Lunatic asylums in Bengal annual reports 1888-1898 - 1888-1898
Year: 1888
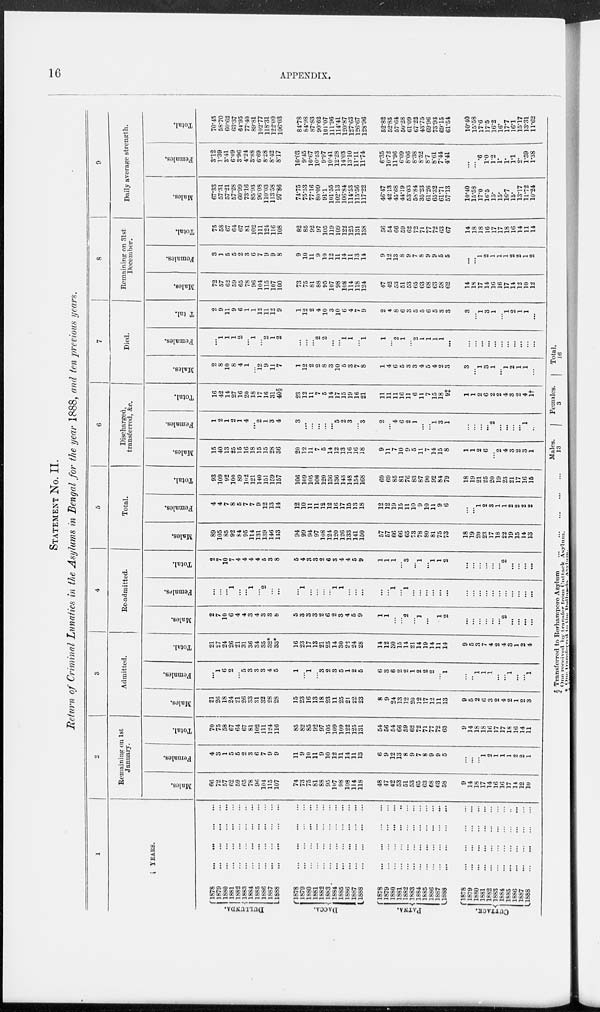
16
APPENDIX.
STATEMENT No. II.
Return of Criminal Lunatics in the Asylums in Bengal for the year 1888, and ten previous years.
1
YEARS.
DULLUNDA.
DACCA.
PATNA.
CUTTACK.
1878
...
...
...
...
1879
...
...
...
...
1880
...
...
...
...
1881
...
...
...
...
1882
...
...
...
...
1883
...
...
...
...
1884
...
...
...
...
1885
...
...
...
...
1886
...
...
...
...
1887
...
...
...
...
1888
...
...
...
...
1878
...
...
...
...
1879
...
...
...
...
1880 ... ... ... ...
1881
...
...
...
...
1882
...
...
...
...
1883
...
...
...
...
1884
...
...
...
...
1885
...
...
...
...
1886
...
...
...
...
1887
...
...
...
...
1888
...
...
...
...
1878
...
...
...
...
1879
...
...
...
...
1880
...
...
...
...
1881
...
...
...
...
1882
...
...
...
...
1883
...
...
...
...
1884
...
...
...
...
1885
...
...
...
...
1886
...
...
...
...
1887
...
...
...
...
1888
...
...
...
...
1878
...
...
...
...
1879
...
...
...
...
1880
...
...
...
...
1881
...
...
...
...
1882
...
...
...
...
1883
...
...
...
...
1884
...
...
...
...
1885
...
...
...
...
1886
...
...
...
...
1887
...
...
...
...
1888
...
...
...
...
2
Remaining on 1st
January.
Males.
66
72
57
62
59
65
78
96
104
115
107
74
73
75
81
88
95
107
98
108
114
118
48
47
42
53
51
53
65
63
68
63
58
9
14
18
17
14
16
16
17
14
12
10
Females.
4
3
1
5
5
2
3
6
7
9
9
11
9
10
11
9
10
12
11
14
11
13
6
9
12
13
8
9
7
8
9
9
5
...
...
...
1
2
1
1
1
2
2
1
Total.
70
75
58
67
64
67
81
102
111
124
116
85
82
85
92
97
105
109
109
122
125
131
54
56
54
66
59
62
72
71
77
72
63
9
14
18
18
16
17
17
18
16
14
11
3
Admitted.
Males.
21 26
18
24
21
26
33
31
32
28
28
15
23
16
13
18
23
11
25
21
22
23
8
9
24
13
12
20
12
17
12
11
13
9
5
2
6
3
2
4
2
1
2
3
Females.
...
1
6
2
... 5
3
3
3
4
5
1
... 1
...
3
2
3
5
1
2
5
6
3
6
2
2
1
2
2
2
...
1
...
...
1
1
1
...
...
1
...
... 1
Total.
21
27
24
26
21
31
36
34
35
32*
33*
16
23
17
13
21
25
14
30
22
24
28
14
12
30
15
14
21
14
19
14
11
14
9
5
3
7
4
2
4
3
1
2
4
4
Re-admitted.
Males.
2
7
10
6
4
4
3
4
3
3
8
5
3
3
3
2
6
2
3
4
5
9
1
1
...
...
2
...
1
...
...
1
2
...
...
...
...
...
...
2
...
...
...
...
Females.
...
...
...
1
...
...
1
...
2
...
...
...
1
...
...
...
...
1
1
...
...
...
...
...
1
...
1
...
...
...
...
...
...
...
...
...
...
...
...
...
...
...
...
...
Total.
2
7
10
7
4
4
4
4
5
3
8
5
4
3
3
2
6
3
4
4
5
9
1
1
1
...
3
...
1
...
1
1
2
...
...
...
...
...
...
2
...
...
...
...
5
Total.
Males.
89
105
85
92
84
95
114
131
139
146
143
94
99
94
97
108
124
120
126
133
141
150
57
57
66
66
65
73
78
80
81
75
73
18
19
20
23
17
18
22
19
15
14
13
Females.
4
4
7
8
5
7
7
9
12
13
14
12
10
11
11
12
12
16
17
15
13
18
12
12
19
15
11
10
9
10
11
9
6
...
...
1
2
3
1
1
2
2
2
2
Total.
93
109
92
100
89
102
121
140
151
159
157
106
109
105
108
120
136
136
143
148
154
168
69
69
85
81
76
83
87
90
92
84
79
18
19
21
25
20
19
23
21
17
16
15
6
Discharged,
transferred, &c.
Males.
15
40
13
25
15
16
18
15
15
28
36
20
12
11
7
5
14
12
13
16
16
18
9
11
7
10
9
5
11
7
14
15
8
1
1
2
6
...
2
4
3
2
3
1
Females.
1
2
1
2
1
4
...
2
1
3
4
3
...
...
...
...
...
5
2
3
...
3
2
...
4
6
2
1
...
...
1
3
1
...
...
...
...
2
...
...
...
...
1
...
Total.
16
42
14
27
16
20
18
17
16
31
40§
23
12
11
7
5
14
17
15
19
16
21
11
11
11
16
11
6
11
7
15
18
9‡
1
1
2
6
2
2
4
3
2
4
1†
7
Died.
Males.
2
8
10
8
4
1
...
12
9
11
7
1
12
2
2
8
3
10
5
3
7
8
1
4
6
5
3
3
4
5
4
2
3
3
...
1
3
1
...
1
2
1
1
...
Females.
...
1
1
1
2
...
1
...
2
1
2
...
...
...
2
2
...
...
1
1
...
1
1
...
2
1
...
2
1
1
1
1
...
...
...
...
...
...
...
...
...
...
...
...
Total.
2
9
11
9
6
1
1
12
11
12
9
1
12
2
4
10
3
10
6
4
7
9
2
4
8
6
3
5
5
6
5
3
3
3
...
1
3
1
...
1
2
1
1
...
8
Remaining on 31st
December.
Males.
72
57
62
59
65
78
96
104
115
107
100
73
75
81
88
95
107
98
108
114
118
124
47
42
53
51
53
65
63
68
63
58
62
14
18
17
14
16
16
17
14
12
10
12
Females.
3
1
5
5
2
3
6
7
9
9
8
9
10
11
9
10
12
11
14
11
13
14
9
12
13
8
9
7
8
9
9
5
5
...
...
1
2
1
1
1
2
2
1
2
Total.
75
58
67
64
67
81
102
111
124
116
108
82
85
92
97
105
119
109
122
125
131
138
56
54
66
59
62
72
71
77
72
63
67
14
18
18
16
17
17
18
16
14
11
14
9
Daily average
strength.
Males.
67.33
57.31
57.21
57.28
60.99
73.16
85.93
96.08
110.03
113.58
97.86
74.75
75.53
77.16
80.09
91.1
101.55
102.13
106.84
114.53
115.56
117.22
46.47
42.13
45.68
44.19
53.03
58.84
35.23
61.26
65.32
61.71
57.13
10.40
15.58
17.0
16.5
15.
15.
16.7
15.
13.17
11.72
10.24
Females.
3.12
1.39
3.41
6.09
3.96
4.24
3.88
6.69
8.28
8.42
8.17
10.03
9.45
10.67
10.53
9.97
10.41
12.28
14.03
13.10
11.11
11.74
6.35
10.72
11.96
6.09
8.06
8.38
8.52
8.7
8.61
7.44
4.41
...
...
.6
1.0
1.2
1.
1. 1.1
2.
1.59
1.38
Total.
70.45
58.70
60.62
63.37
64.95
77.40
89.81
102.77
118.31
122.00
106.03
84.78
84.98
87.83
90.62
101.07
111.96
114.41
120.87
127.63
126.67
128.96
52.82
52.85
57.64
50.28
61.09
67.22
43.75
69.96
73.93
69.15
61.54
10.40
15.58
17.6
17.5
16.2
16.
17.7
16.1
1517
13.31
11.62
§ Transferred to Berhampore Asylum ... ... ... ... ...
* One received by transfer from Cuttack
Asylum.
†
One
transferred
to
the
Dullunda
Asylum.
Males.
13
Females.
3
Total
16